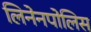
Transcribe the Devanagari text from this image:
लिनेनपोलिस